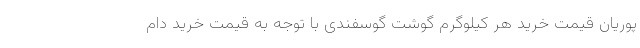
پوریان قیمت خرید هر کیلوگرم گوشت گوسفندی با توجه به قیمت خرید دام